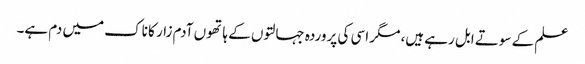
علم کے سوتے ابل رہے ہیں، مگر اسی کی پروردہ جہالتوں کے ہاتھوں آدم زار کا ناک میں دم ہے۔